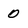
Character: O